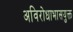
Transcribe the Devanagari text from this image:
अविरोधाभासयुक्त